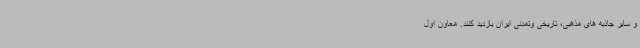
و سایر جاذبه های مذهبی، تاریخی وتمدنی ایران بازدید کنند. معاون اول